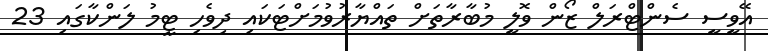
އޭވީސީ ސެންޓްރަލް ޒޯން ވޮލީ މުބާރާތަށް ތައްޔާރުވުމަށްްޓަކައި ދިވެހި ޓީމު ލަންކާގައި 23